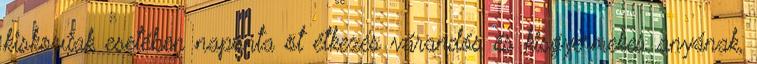
kiskorúak esetében naponta öt étkezés várandós és kisgyermekes anyának,